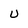
Character: U